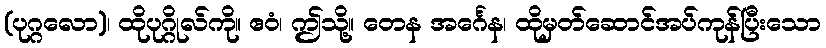
(ပုဂ္ဂလော)၊ ထိုပုဂ္ဂိုလ်ကို။ ဧဝံ၊ ဤသို့။ တေန အင်္ဂေန၊ ထိုမှတ်ဆောင်အပ်ကုန်ပြီးသော